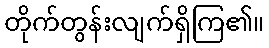
တိုက်တွန်းလျက်ရှိကြ၏။